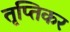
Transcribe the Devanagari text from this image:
तृप्तिकर